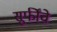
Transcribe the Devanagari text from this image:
सूफींचे